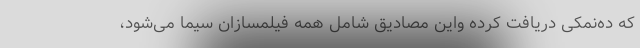
که ده‌نمکی دریافت کرده واین مصادیق شامل همه فیلمسازان سیما می‌شود،